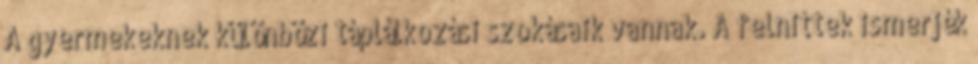
A gyermekeknek különbözı táplálkozási szokásaik vannak. A felnıttek ismerjék